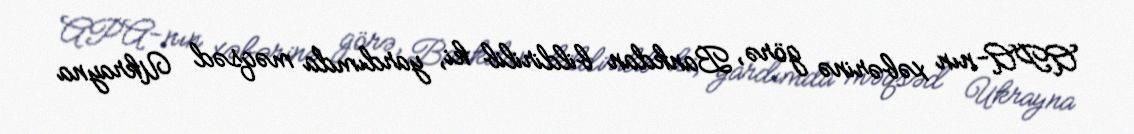
APA-nın xəbərinə görə, Bankdan bildirilib ki, yardımda məqsəd Ukrayna